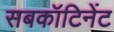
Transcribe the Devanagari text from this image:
सबकॉटिनेंट